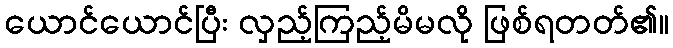
ယောင်ယောင်ပြီး လှည့်ကြည့်မိမလို ဖြစ်ရတတ်၏။